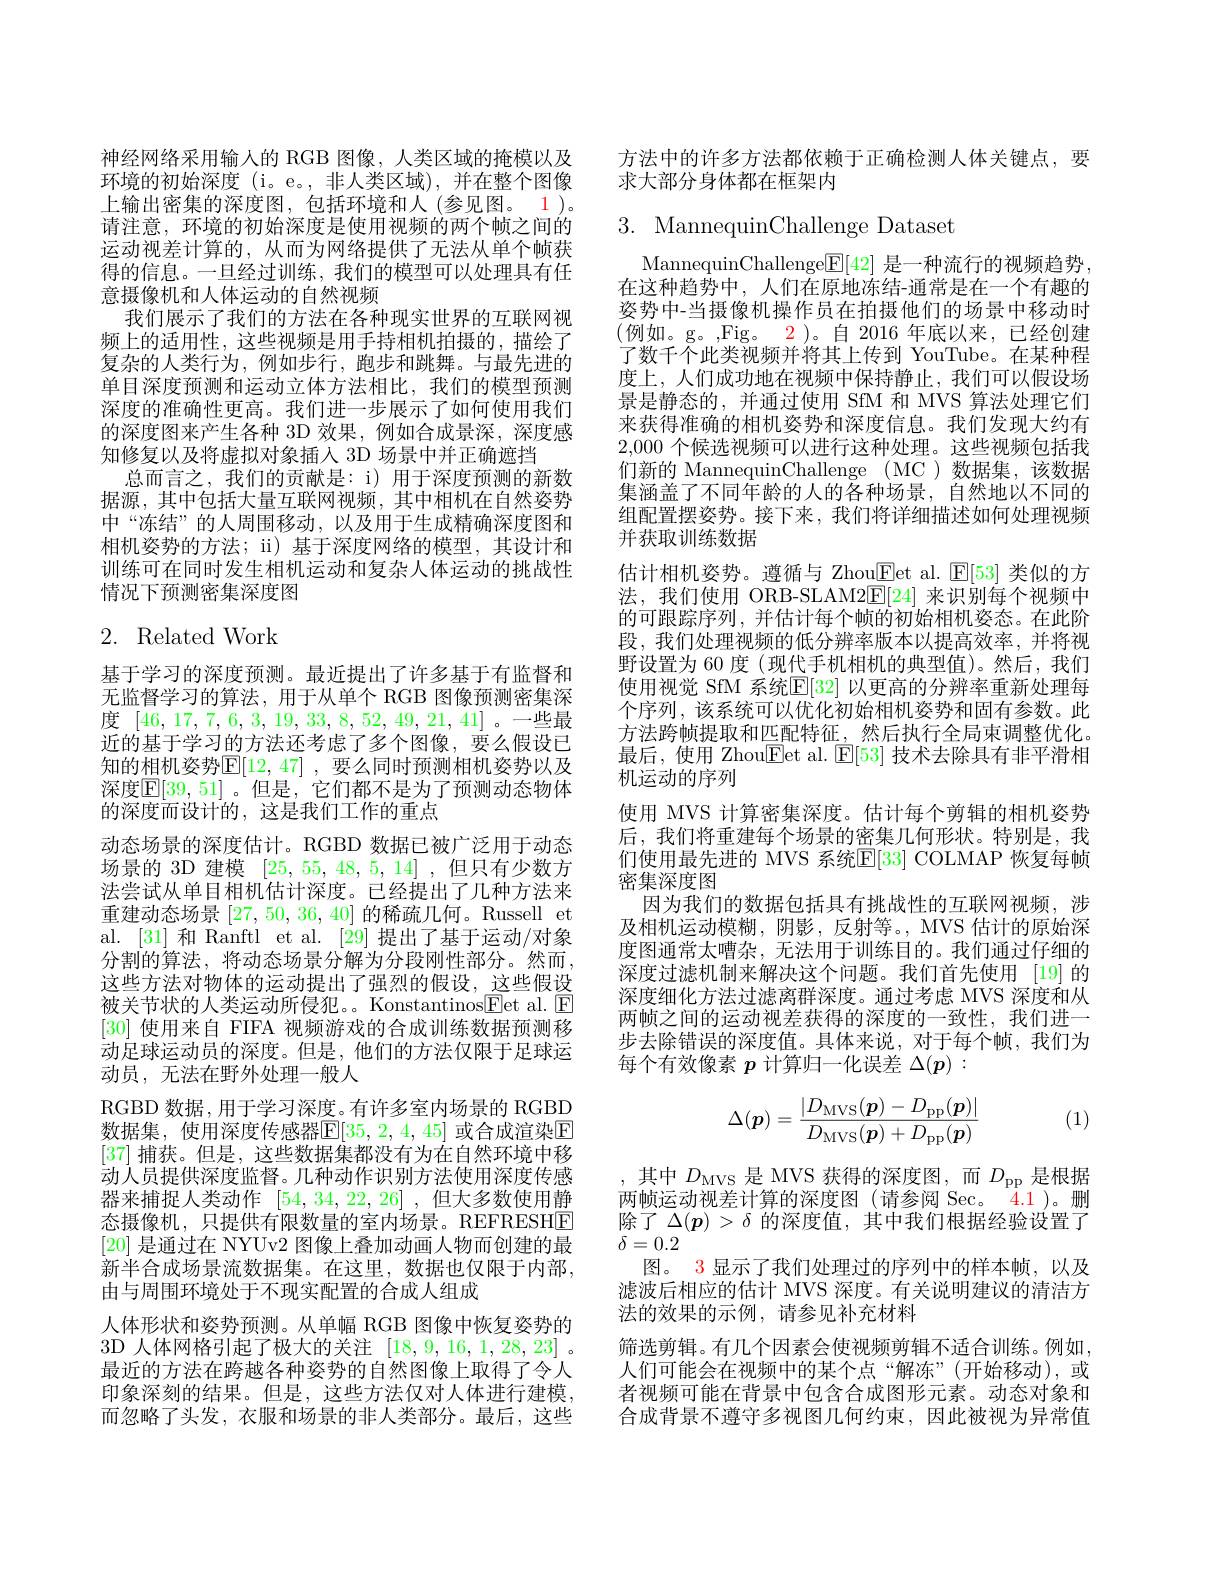
神经网络采用输入的 RGB 图像，人类区域的掩模以及环境的初始深度 (i。e。,非人类区域),并在整个图像上输出密集的深度图，包括环境和人(参见图。1)。请注意，环境的初始深度是使用视频的两个帧之间的运动视差计算的，从而为网络提供了无法从单个帧获得的信息。一旦经过训练，我们的模型可以处理具有任意摄像机和人体运动的自然视频
我们展示了我们的方法在各种现实世界的互联网视频上的适用性，这些视频是用手持相机拍摄的，描绘了复杂的人类行为，例如步行，跑步和跳舞。与最先进的单目深度预测和运动立体方法相比，我们的模型预测深度的准确性更高。我们进一步展示了如何使用我们的深度图来产生各种 3D 效果，例如合成景深，深度感知修复以及将虚拟对象插入 3D 场景中并正确遮挡
总而言之，我们的贡献是：i) 用于深度预测的新数据源，其中包括大量互联网视频，其中相机在自然姿势中“冻结”的人周围移动，以及用于生成精确深度图和相机姿势的方法；ii) 基于深度网络的模型，其设计和训练可在同时发生相机运动和复杂人体运动的挑战性情况下预测密集深度图

# 2. Related Work

基于学习的深度预测。最近提出了许多基于有监督和无监督学习的算法，用于从单个 RGB 图像预测密集深度[46,17,7,6,3,19,33,8,52,49,21,41]。一些最近的基于学习的方法还考虑了多个图像，要么假设已知的相机姿势$\mathbb{E}[12,47]$ ,要么同时预测相机姿势以及深度$\mathbb{E}[39,51]$ 。但是，它们都不是为了预测动态物体的深度而设计的，这是我们工作的重点
动态场景的深度估计。RGBD 数据已被广泛用于动态场景的 3D 建模[25,55,48,5,14] ,但只有少数方法尝试从单目相机估计深度。已经提出了几种方法来重建动态场景[27,50,36,40]的稀疏几何。Russell et al. |31|和 Ranftl et al. |29|提出了基于运动/对象分割的算法，将动态场景分解为分段刚性部分。然而， 这些方法对物体的运动提出了强烈的假设，这些假设被关节状的人类运动所侵犯。。Konstantinos$\underline{\mathrm{Eet~al.~}}\underline{\mathrm{E}}$ [30]使用来自 FIFA 视频游戏的合成训练数据预测移动足球运动员的深度。但是，他们的方法仅限于足球运动员，无法在野外处理一般人
RGBD 数据，用于学习深度。有许多室内场景的 RGBD 数据集，使用深度传感器$\overline{\mathrm{E}}[35,2,4,45]$ 或合成渲染E [37]捕获。但是，这些数据集都没有为在自然环境中移动人员提供深度监督。几种动作识别方法使用深度传感器来捕捉人类动作[54,34,22,26] ,但大多数使用静态摄像机，只提供有限数量的室内场景。REFRESHE [20]是通过在 NYUv2 图像上叠加动画人物而创建的最新半合成场景流数据集。在这里，数据也仅限于内部， 由与周围环境处于不现实配置的合成人组成
人体形状和姿势预测。从单幅 RGB 图像中恢复姿势的3D 人体网格引起了极大的关注[18,9,16,1,28,23] 。最近的方法在跨越各种姿势的自然图像上取得了令人印象深刻的结果。但是，这些方法仅对人体进行建模， 而忽略了头发，衣服和场景的非人类部分。最后，这些

方法中的许多方法都依赖于正确检测人体关键点，要
求大部分身体都在框架内

# 3. MannequinChallenge Dataset

MannequinChallenge$\boxed{\mathbb{E}}[42]$是一种流行的视频趋势， 在这种趋势中，人们在原地冻结-通常是在一个有趣的姿势中-当摄像机操作员在拍摄他们的场景中移动时(例如。g。,Fig。2)。自 2016 年底以来，已经创建了数千个此类视频并将其上传到 YouTube。在某种程度上，人们成功地在视频中保持静止，我们可以假设场景是静态的，并通过使用 SfM 和 MVS 算法处理它们来获得准确的相机姿势和深度信息。我们发现大约有2,000个候选视频可以进行这种处理。这些视频包括我们新的 MannequinChallenge (MC )数据集，该数据集涵盖了不同年龄的人的各种场景，自然地以不同的组配置摆姿势。接下来，我们将详细描述如何处理视频并获取训练数据
估计相机姿势。遵循与 Zhou$\boxed{\mathrm{Fet~al. ~}}\mathbb{E} [ 53]$类似的方法，我们使用 ORB-SLAM2$\mathbb{E}[24]$来识别每个视频中的可跟踪序列，并估计每个帧的初始相机姿态。在此阶段，我们处理视频的低分辨率版本以提高效率，并将视野设置为 60 度 (现代手机相机的典型值)。然后，我们使用视觉 SfM 系统$\mathbb{E}[32]$ 以更高的分辨率重新处理每个序列，该系统可以优化初始相机姿势和固有参数。此方法跨帧提取和匹配特征，然后执行全局束调整优化。最后，使用 Zhou$\boxed{\mathrm{Fet~al.~}}\boxed{\mathrm{F}}[53]$技术去除具有非平滑相机运动的序列
使用 MVS 计算密集深度。估计每个剪辑的相机姿势后，我们将重建每个场景的密集几何形状。特别是，我们使用最先进的 MVS 系统$\mathbb{E}[33]$ COLMAP 恢复每帧密集深度图
因为我们的数据包括具有挑战性的互联网视频，涉及相机运动模糊，阴影，反射等。, MVS 估计的原始深度图通常太嘈杂，无法用于训练目的。我们通过仔细的深度过滤机制来解决这个问题。我们首先使用 [19]的深度细化方法过滤离群深度。通过考虑 MVS 深度和从两帧之间的运动视差获得的深度的一致性，我们进一步去除错误的深度值。具体来说，对于每个帧，我们为每个有效像素$p$计算归一化误差$\Delta(\boldsymbol{p}):$
$$\Delta(\boldsymbol{p})=\frac{|D_{\mathrm{MVS}}(\boldsymbol{p})-D_{\mathrm{PP}}(\boldsymbol{p})|}{D_{\mathrm{MVS}}(\boldsymbol{p})+D_{\mathrm{PP}}(\boldsymbol{p})}$$
(1)

,其中$D_\mathrm{MVS}$ 是 MVS 获得的深度图，而$D_\mathrm{pp}$ 是根据两帧运动视差计算的深度图(请参阅 Sec。4.1)。删除了$\Delta(p)>\delta$的深度值，其中我们根据经验设置了$\delta=0.2$
图。3 显示了我们处理过的序列中的样本帧，以及滤波后相应的估计 MVS 深度。有关说明建议的清洁方法的效果的示例，请参见补充材料
筛选剪辑。有几个因素会使视频剪辑不适合训练。例如， 人们可能会在视频中的某个点“解冻”(开始移动),或者视频可能在背景中包含合成图形元素。动态对象和合成背景不遵守多视图几何约束，因此被视为异常值